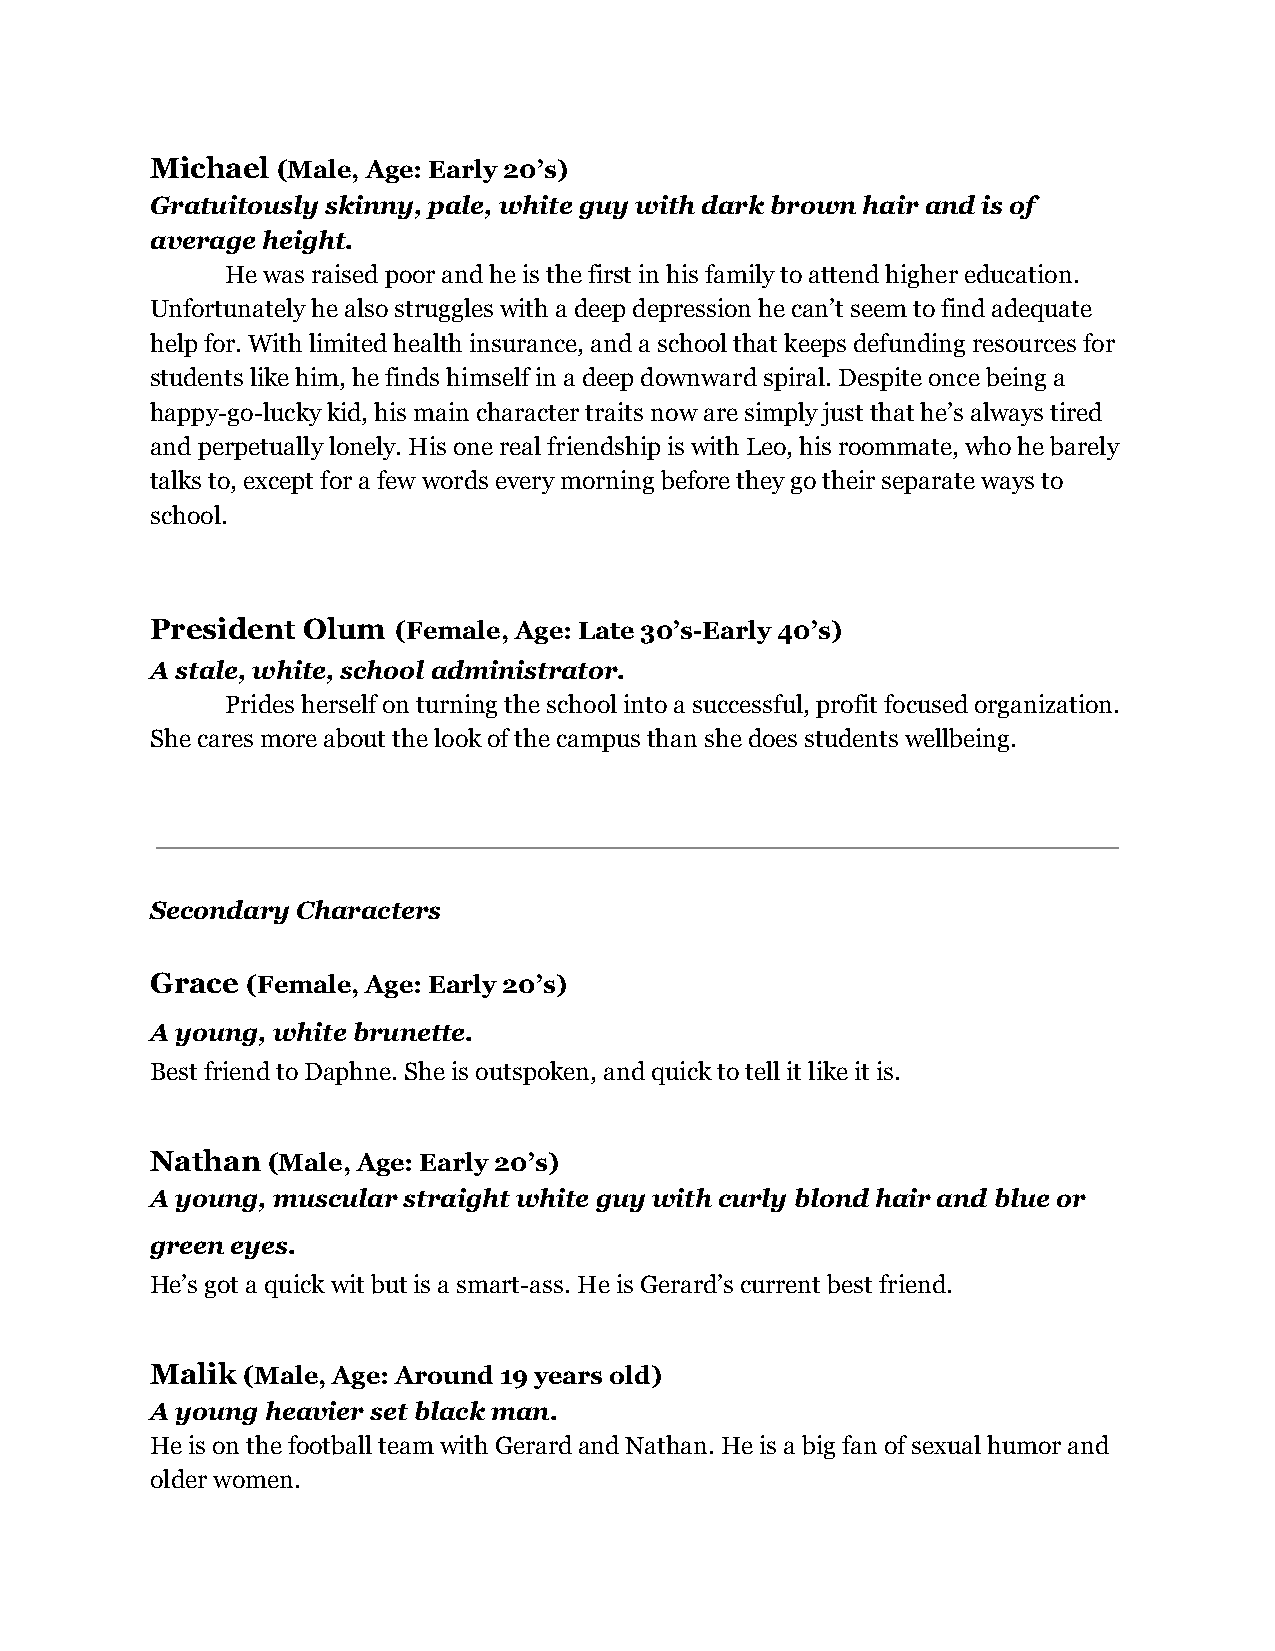
Michael ( Male, Age: Early 20’s)
 Gratuitously skinny, pale, white guy with dark brown hair and is of
 average height.
 He was raised poor and he is the first in his family to attend higher education.
 Unfortunately he also struggles with a deep depression he can’t seem to find adequate
 help for. With limited health insurance, and a school that keeps defunding resources for
 students like him, he finds himself in a deep downward spiral. Despite once being a
 happy-go-lucky kid, his main character traits now are simply just that he’s always tired
 and perpetually lonely. His one real friendship is with Leo, his roommate, who he barely
 talks to, except for a few words every morning before they go their separate ways to
 school.
 President Olum  (Female, Age: Late 30’s-Early 40’s)
 A stale, white, school administrator.
 Prides herself on turning the school into a successful, profit focused organization.
 She cares more about the look of the campus than she does students wellbeing.
 Secondary Characters
 Grace ( Female, Age: Early 20’s)
 A young, white brunette.
 Best friend to Daphne. She is outspoken, and quick to tell it like it is.
 Nathan  ( Male, Age: Early 20’s)
 A young, muscular straight white guy with curly blond hair and blue or
 green eyes.
 He’s got a quick wit but is a smart-ass. He is Gerard’s current best friend.
 Malik ( Male, Age: Around 19 years old)
 A young heavier set black man.
 He is on the football team with Gerard and Nathan. He is a big fan of sexual humor and
 older women.